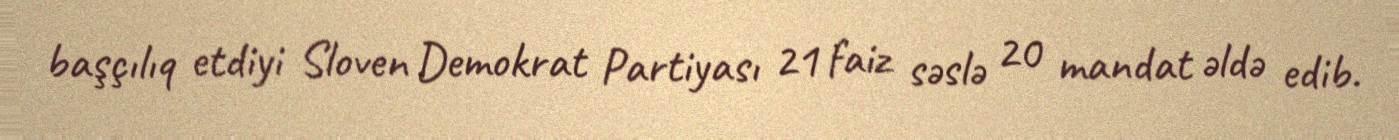
başçılıq etdiyi Sloven Demokrat Partiyası 21 faiz səslə 20 mandat əldə edib.